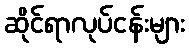
ဆိုင်ရာလုပ်ငန်းများ